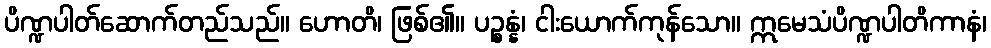
ပိဏ္ဍပါတ်ဆောက်တည်သည်။ ဟောတိ၊ ဖြစ်၏။ ပဉ္စန္နံ၊ ငါးယောက်ကုန်သော။ ဣမေသံပိဏ္ဍပါတိကာနံ၊